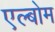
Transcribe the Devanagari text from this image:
एल्बोम